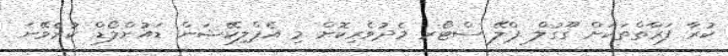
ކުރާ ފަރާތްތަކަށް ގޫގުލް ޕްލޭ ސްޓޯރ މެދުވެރިކޮށް މި އެޕްލިކޭޝަން ޑައުންލޯޑް ކުރެވޭނެ